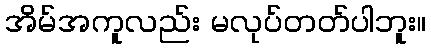
အိမ်အကူလည်း မလုပ်တတ်ပါဘူး။